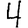
Digit: 4